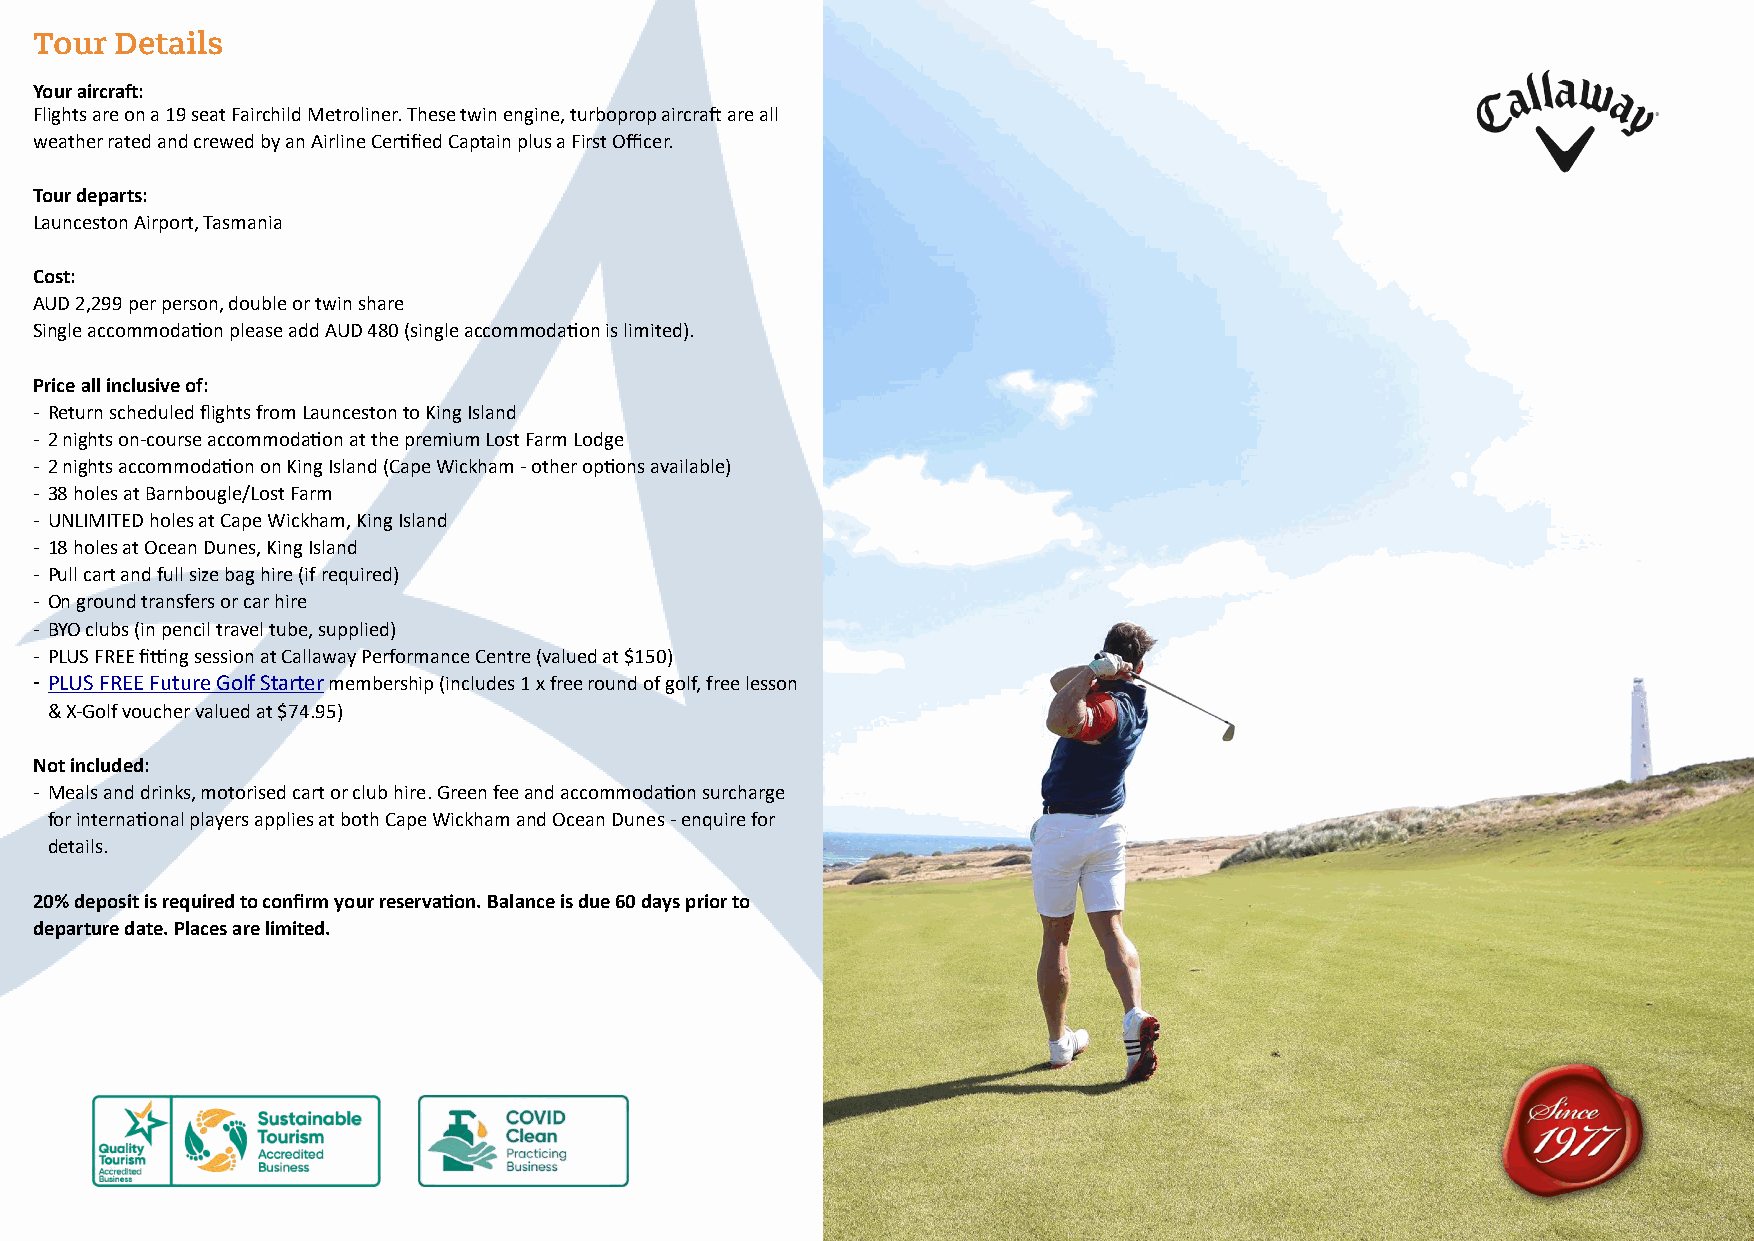
Tour  Details
 Your aircraP:
 Flights are on a 19 seat Fairchild Metroliner. These twin engine, turboprop aircrae are all
 weather rated and crewed by an Airline CerLfied Captain plus a First Officer.
 Tour departs:
 Launceston Airport, Tasmania
 Cost:
 AUD 2,299 per person, double or twin share
 Single accommodaLon please add AUD 480 (single accommodaLon is limited).
 Price all inclusive of:
 - Return scheduled flights from Launceston to King Island
 - 2 nights on-course accommodaLon at the premium Lost Farm Lodge
 - 2 nights accommodaLon on King Island (Cape Wickham - other opLons available)
 - 38 holes at Barnbougle/Lost Farm
 - UNLIMITED holes at Cape Wickham, King Island
 - 18 holes at Ocean Dunes, King Island
 - Pull cart and full size bag hire (if required)
 - On ground transfers or car hire
 - BYO clubs (in pencil travel tube, supplied)
 - PLUS FREE fikng session at Callaway Performance Centre (valued at $150)
 - PLUS FREE Future Golf Starter membership (includes 1 x free round of golf, free lesson
 & X-Golf voucher valued at $74.95)
 Not included:
 - Meals and drinks, motorised cart or club hire. Green fee and accommodaLon surcharge
 for internaLonal players applies at both Cape Wickham and Ocean Dunes - enquire for
 details.
 20% deposit is required to confirm your reservaWon. Balance is due 60 days prior to
 departure date. Places are limited.